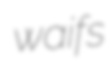
waifs